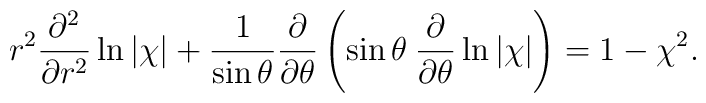
r^{2}\frac{\partial^{2}}{\partial r^{2}}\ln|\chi|+\frac{1}{\sin\theta}\frac{\partial}{\partial\theta}\left(\sin\theta\:\frac{\partial}{\partial\theta}\ln|\chi|\right)=1-\chi^{2}.